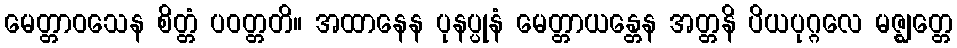
မေတ္တာဝသေန စိတ္တံ ပဝတ္တတိ။ အထာနေန ပုနပ္ပုနံ မေတ္တာယန္တေန အတ္တနိ ပိယပုဂ္ဂလေ မဇ္ဈတ္တေ